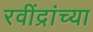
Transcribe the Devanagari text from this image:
रवींद्रांच्या